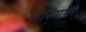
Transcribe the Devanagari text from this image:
मैल्पिघी